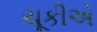
ચૂકીએ